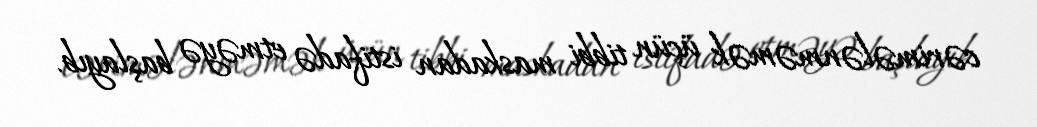
cərimələnməmək üçün tibbi maskadan istifadə etməyə başlayıb.